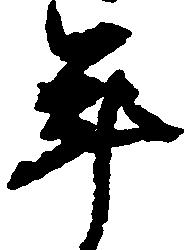
年